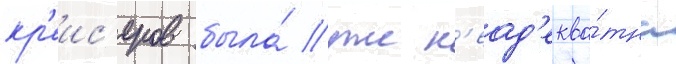
кр'еис'еров была́ уже н'еад'еква́тна